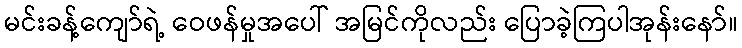
မင်းခန့်ကျော်ရဲ့ ဝေဖန်မှုအပေါ် အမြင်ကိုလည်း ပြောခဲ့ကြပါအုန်းနော်။